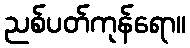
ညစ်ပတ်ကုန်ရော။